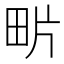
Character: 𤰽